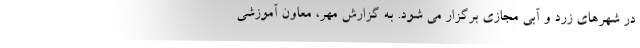
در شهرهای زرد و آبی مجازی برگزار می شود. به گزارش مهر، معاون آموزشی